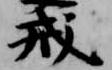
戒